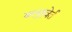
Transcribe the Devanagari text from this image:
क्लुइवेर्त